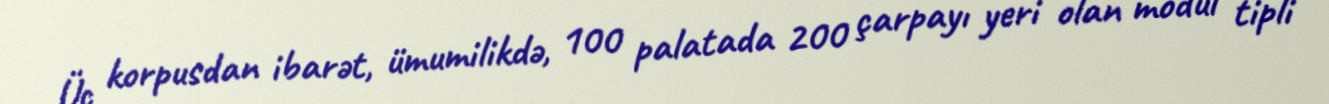
Üç korpusdan ibarət, ümumilikdə, 100 palatada 200 çarpayı yeri olan modul tipli